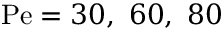
\mathrm { P e } = 3 0 , ~ 6 0 , ~ 8 0